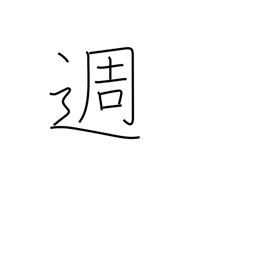
Meaning: week